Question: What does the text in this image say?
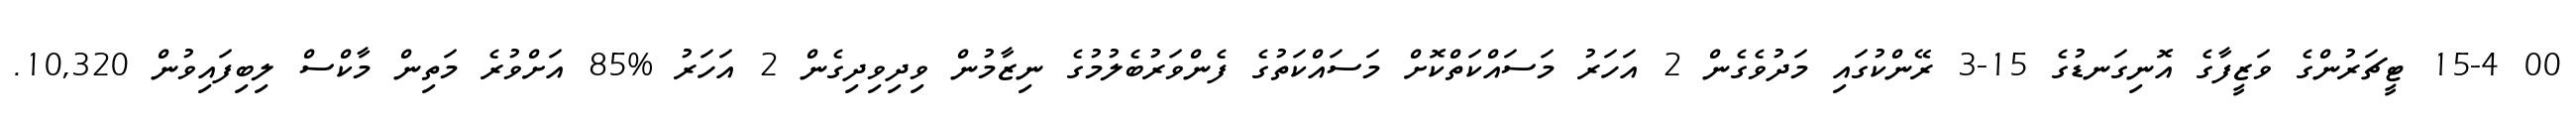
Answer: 00 15-4 ޓީޗަރުންގެ ވަޒީފާގެ އޮނިގަނޑުގެ 15-3 ރޭންކުގައި މަދުވެގެން 2 އަހަރު މަސައްކަތްކޮށް މަސައްކަތުގެ ފެންވަރުބެލުމުގެ ނިޒާމުން ވިދިވިދިގެން 2 އަހަރު %85 އަށްވުރެ މަތިން މާކްސް ލިބިފައިވުން 10,320.